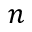
n